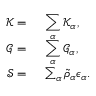
\begin{array} { r l } { \mathscr { K } = } & { { } ~ \displaystyle \sum _ { \alpha } \mathscr { K } _ { \alpha } , } \\ { \mathscr { G } = } & { { } ~ \displaystyle \sum _ { \alpha } \mathscr { G } _ { \alpha } , } \\ { \mathscr { S } = } & { { } ~ \sum _ { \alpha } \tilde { \rho } _ { \alpha } \epsilon _ { \alpha } . } \end{array}